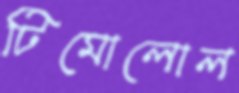
টিমোলোল